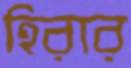
হিরার